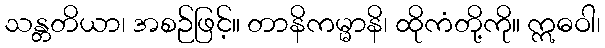
သန္တတိယာ၊ အစဉ်ဖြင့်။ တာနိကမ္မာနိ၊ ထိုကံတို့ကို။ ဣဓဝါ၊